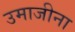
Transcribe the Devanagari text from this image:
उमाजीना